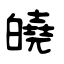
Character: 皢